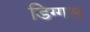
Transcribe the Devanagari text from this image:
डिग्गस